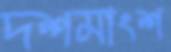
দশমাংশ